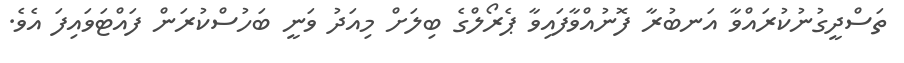
ތަސްދީގުނުކުރައްވާ އަނބުރާ ފޮނުއްވާފައިވާ ޕެރޯލްގެ ބިލަށް މިއަދު ވަނީ ބަހުސްކުރަން ފައްޓަވައިފަ އެވެ.